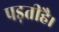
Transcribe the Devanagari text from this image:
पड़तीहै।